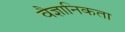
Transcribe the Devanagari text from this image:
वैज्ञानिकता